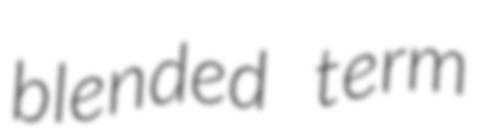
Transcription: blended term